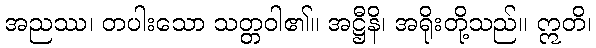
အညဿ၊ တပါးသော သတ္တဝါ၏။ အဋ္ဌီနိ၊ အရိုးတို့သည်။ ဣတိ၊